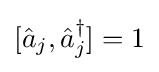
[{\hat {a}}_{j},{\hat {a}}_{j}^{\dagger }]=1